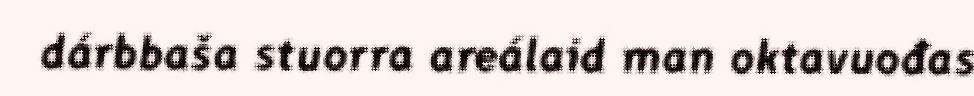
dárbbaša stuorra areálaid man oktavuođas